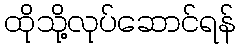
ထိုသို့လုပ်ဆောင်ရန်